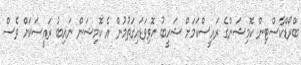
ބްރޯޑްކާސްޓިން ކޮމިޝަންގެ ރައީސްކަމަށް ޝަހީބު ހޮވިވަޑައިގަތުމުން އެ ކޮމިޝަން ނައިބު ރައީސަކަށް ވެސް